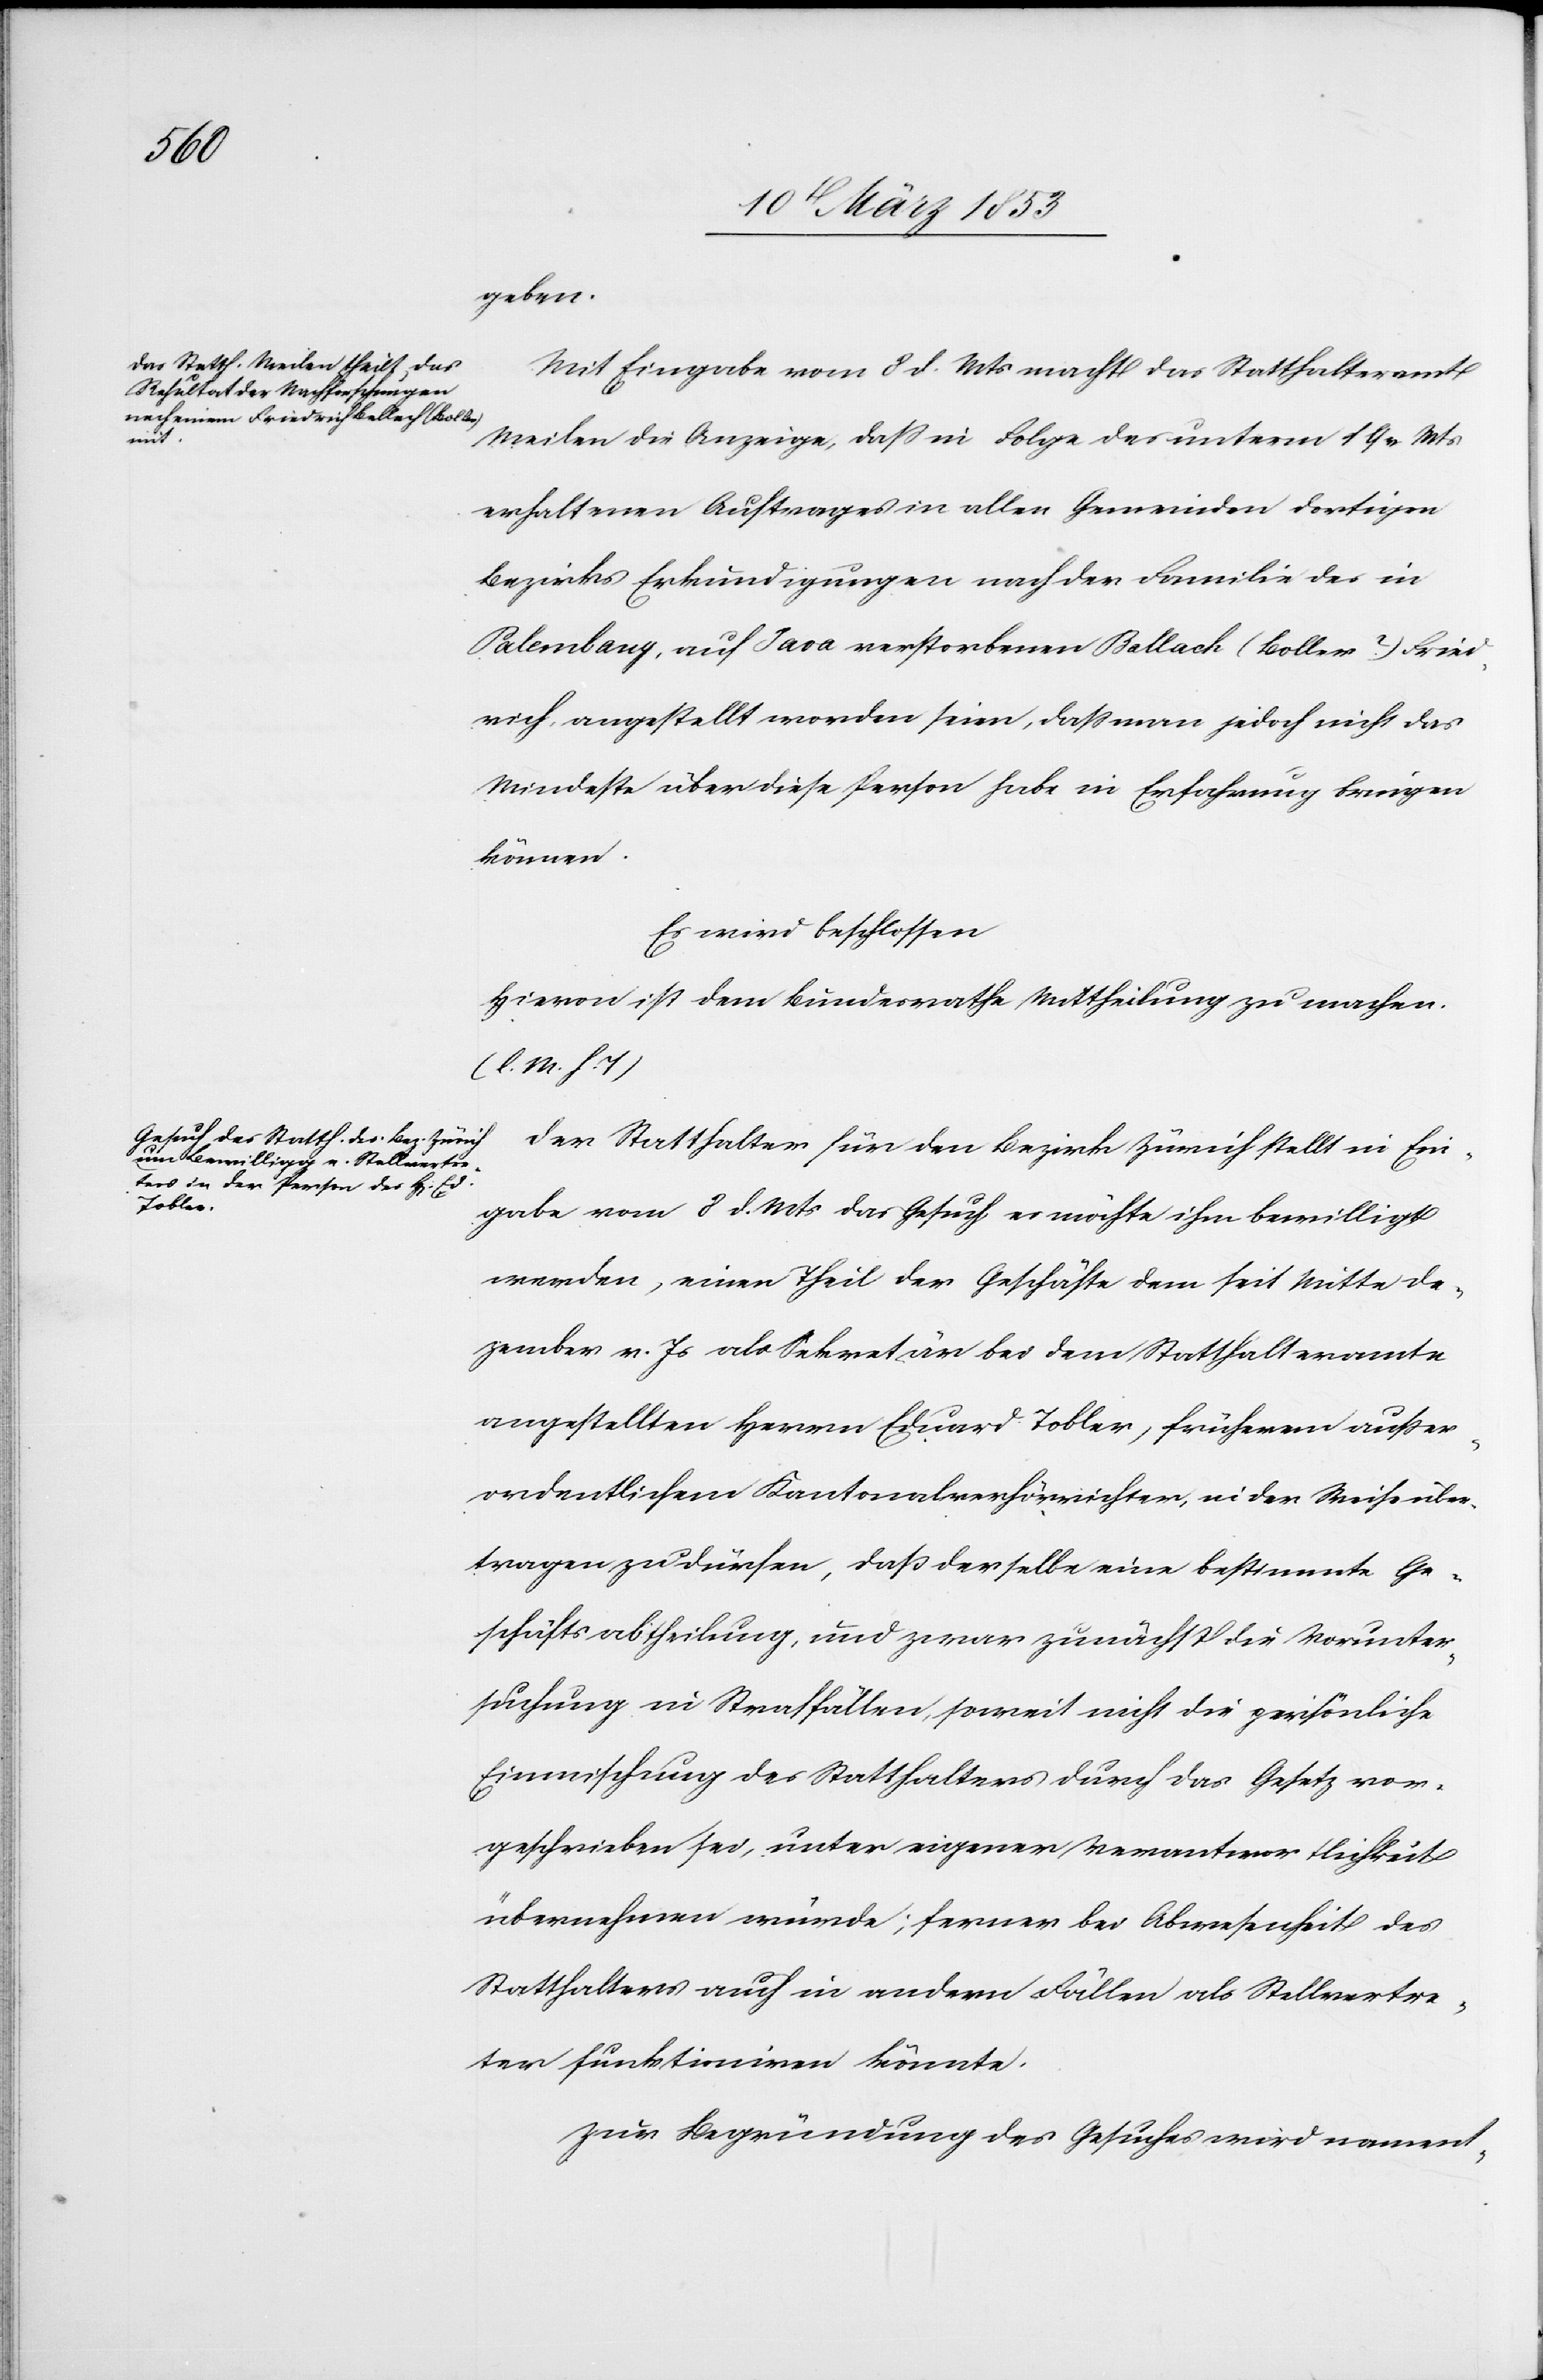
geben.
Mit Eingabe vom 8 d. Mts. macht das Statthalteramt
Meilen die Anzeige, daß in Folge des unterm 19 v. Mts.
erhaltenen Auftrages aller Gemeinden dortigen
Bezirks Erkundigungen nach der Familie des in
Palembany, Java verstorbenen Ballack (Boller?) Fried¬
rich, angestellt worden sein, daß man jedoch nicht das
Mindeste über diese Person habe in Erfahrung bringen
können.
Es wird beschlossen
Hievon ist dem Bundesrathe Mittheilung zu machen.
[l. M. h. T]
Der Statthalter für den Bezirk Zürich stellt in Ein¬
gabe vom 8 d. Mts. das Gesuch es möchte ihm bewilligt
werden, einen Theil der Geschäfte dem seit Mitte De¬
zember v. Js. als Sekretär bei dem Statthalteramte
angestellten Herrn Eduard Tobler, früheren außer¬
ordentlichen Kantonalverhörrichter, in der Weise über¬
tragen zu dürfen, daß derselbe eine bestimmte Ge¬
schäftsabtheilung, und zwar zunächst die Vorunter¬
suchung in Straffällen, soweit nicht die persönliche
Einmischung des Statthalters durch das Gesetz vor¬
geschrieben sei, unter eigener Verantwortlichkeit
übernehmen würde; ferner bei Abwesenheit des
Statthalters auch in andern Fällen als Stellvertre¬
ter funktioniren könnte.
Zur Begründung des Gesuches wird nament-